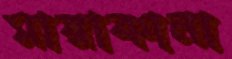
মারাকানা